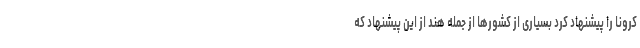
کرونا را پیشنهاد کرد بسیاری از کشورها از جمله هند از این پیشنهاد که